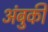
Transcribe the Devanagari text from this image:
अंबुकी